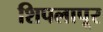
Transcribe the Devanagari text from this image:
शिपलापूर